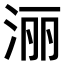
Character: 𣶇